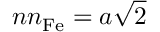
n n _ { \mathrm { F e } } = { a } \sqrt { 2 }